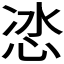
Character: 𭜯